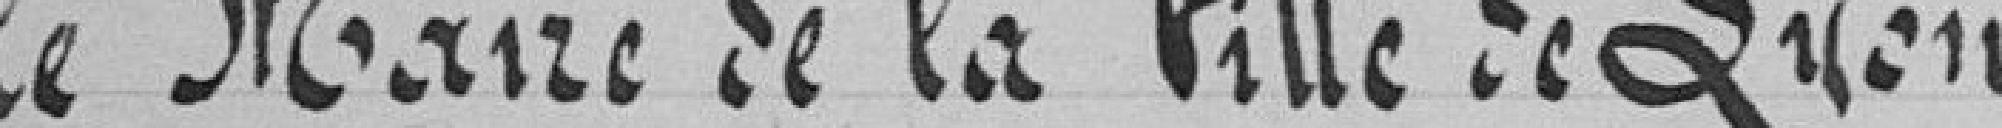
le Maire de la Ville de Lyon